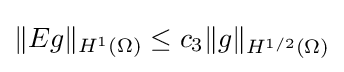
{\textstyle \|Eg\|_{H^{1}(\Omega )}\leq c_{3}\|g\|_{H^{1/2}(\Omega )}}